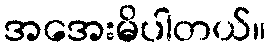
အအေးမိပါတယ်။